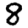
Digit: 8